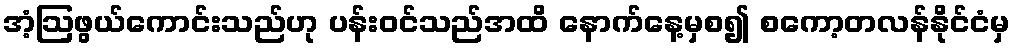
အံ့ဩဖွယ်ကောင်းသည်ဟု ပန်းဝင်သည်အထိ နောက်နေ့မှစ၍ စကော့တလန်နိုင်ငံမှ